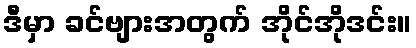
ဒီမှာ ခင်ဗျားအတွက် အိုင်အိုဒင်း။